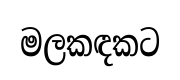
මලකඳකට